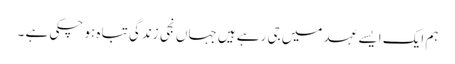
ہم ایک ایسے عہد میں جی رہے ہیں جہاں نجی زندگی تباہ ہو چکی ہے ۔